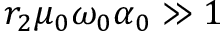
r _ { 2 } \mu _ { 0 } \omega _ { 0 } \alpha _ { 0 } \gg 1